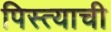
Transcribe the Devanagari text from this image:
पिस्त्याची